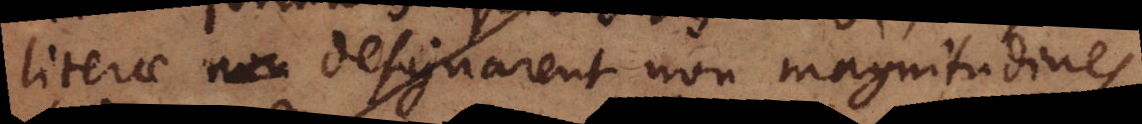
literae non designarent non magnitudines